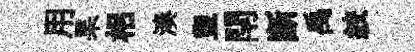
用杲梠湊盥閈断禹絞